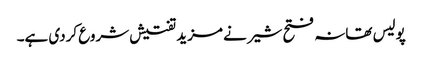
پولیس تھانہ فتح شیر نے مزید تفتیش شروع کردی ہے۔